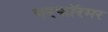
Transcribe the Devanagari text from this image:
परफॉरमर